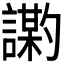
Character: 𫍍